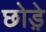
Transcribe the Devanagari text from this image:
छोड़े़